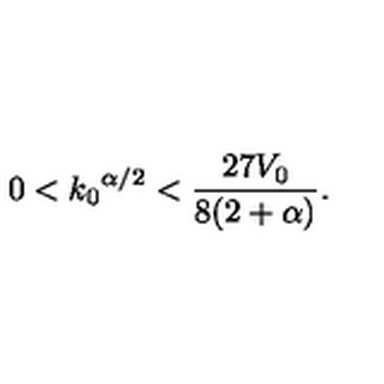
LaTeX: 0 < { k _ { 0 } } ^ { \alpha / 2 } < \frac { 2 7 V _ { 0 } } { 8 ( 2 + \alpha ) } .